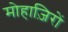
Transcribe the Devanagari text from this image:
मोहाज़िरों